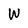
Character: W